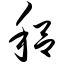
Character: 稆